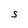
Character: S